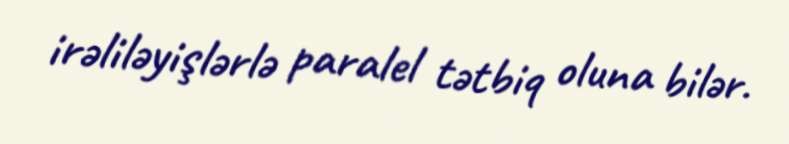
irəliləyişlərlə paralel tətbiq oluna bilər.